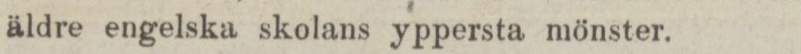
äldre engelska skolans yppersta mönster.